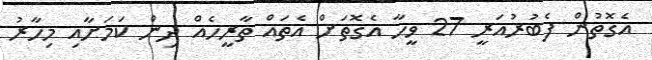
އެގޮތުން ފެބުރުއަރީ 27 ވީހާ އެގޮތަށް އެތައް ތާރީހެއް ދިން ކަމަށާއި މިހާރު